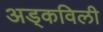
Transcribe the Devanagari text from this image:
अड्कविली